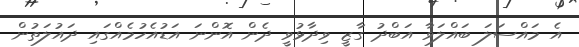
އެ މައްސަލަ ބައްލަވާ އަބްދު ގާޒީ ވިދާޅުވީ ދެން އޮންނަ އަޑުއެހުމެއްގައި ދައުލަތުން